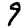
Digit: 9